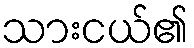
သားငယ်၏